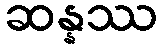
ဆန္နဿ